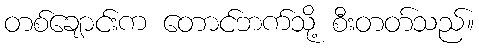
တစ်ချောင်းက တောင်ဘက်သို့ စီးတတ်သည်။